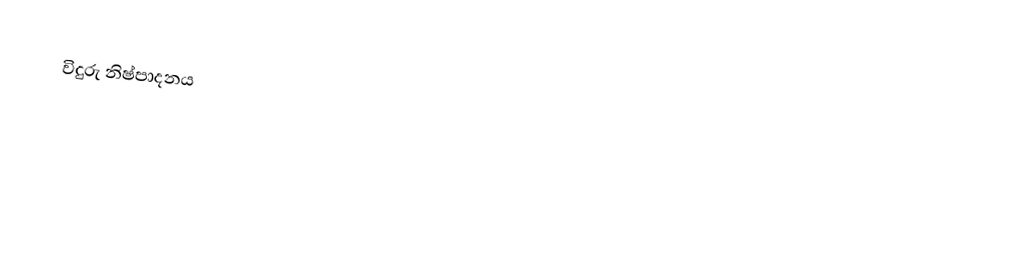
විදුරු නිෂ්පාදනය